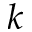
k